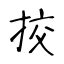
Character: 挍